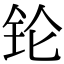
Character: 𬬭